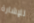
للإشارة